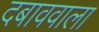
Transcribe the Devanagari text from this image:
दबाववाला